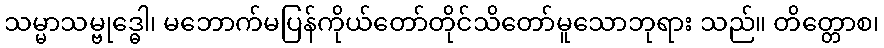
သမ္မာသမ္ဗုဒ္ဓေါ၊ မဘောက်မပြန်ကိုယ်တော်တိုင်သိတော်မူသောဘုရား သည်။ တိတ္တောစ၊